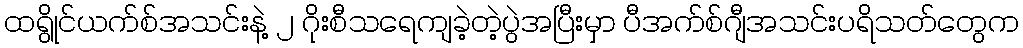
ထရွိုင်ယက်စ်အသင်းနဲ့ ၂ ဂိုးစီသရေကျခဲ့တဲ့ပွဲအပြီးမှာ ပီအက်စ်ဂျီအသင်းပရိသတ်တွေက